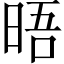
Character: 晤